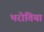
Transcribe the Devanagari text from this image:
भरोतिया